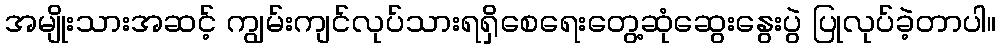
အမျိုးသားအဆင့် ကျွမ်းကျင်လုပ်သားရရှိစေရေးတွေ့ဆုံဆွေးနွေးပွဲ ပြုလုပ်ခဲ့တာပါ။